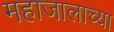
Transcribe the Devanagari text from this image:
महाजालाच्या